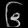
Digit: ၆